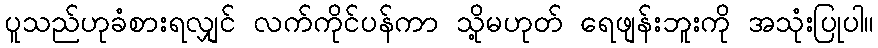
ပူသည်ဟုခံစားရလျှင် လက်ကိုင်ပန်ကာ သို့မဟုတ် ရေဖျန်းဘူးကို အသုံးပြုပါ။